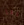
إيتا